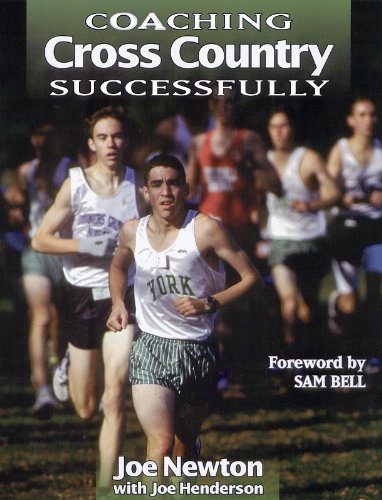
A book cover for Coaching Cross Country Successfully (Coaching Successfully Series); Joe Newton; Sports & Outdoors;